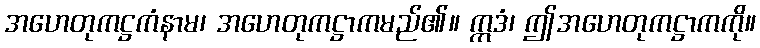
အဟေတုကဋ္ဌကံနာမ၊ အဟေတုကဋ္ဌာကမည်၏။ ဣဒံ၊ ဤအဟေတုကဋ္ဌာကကို။